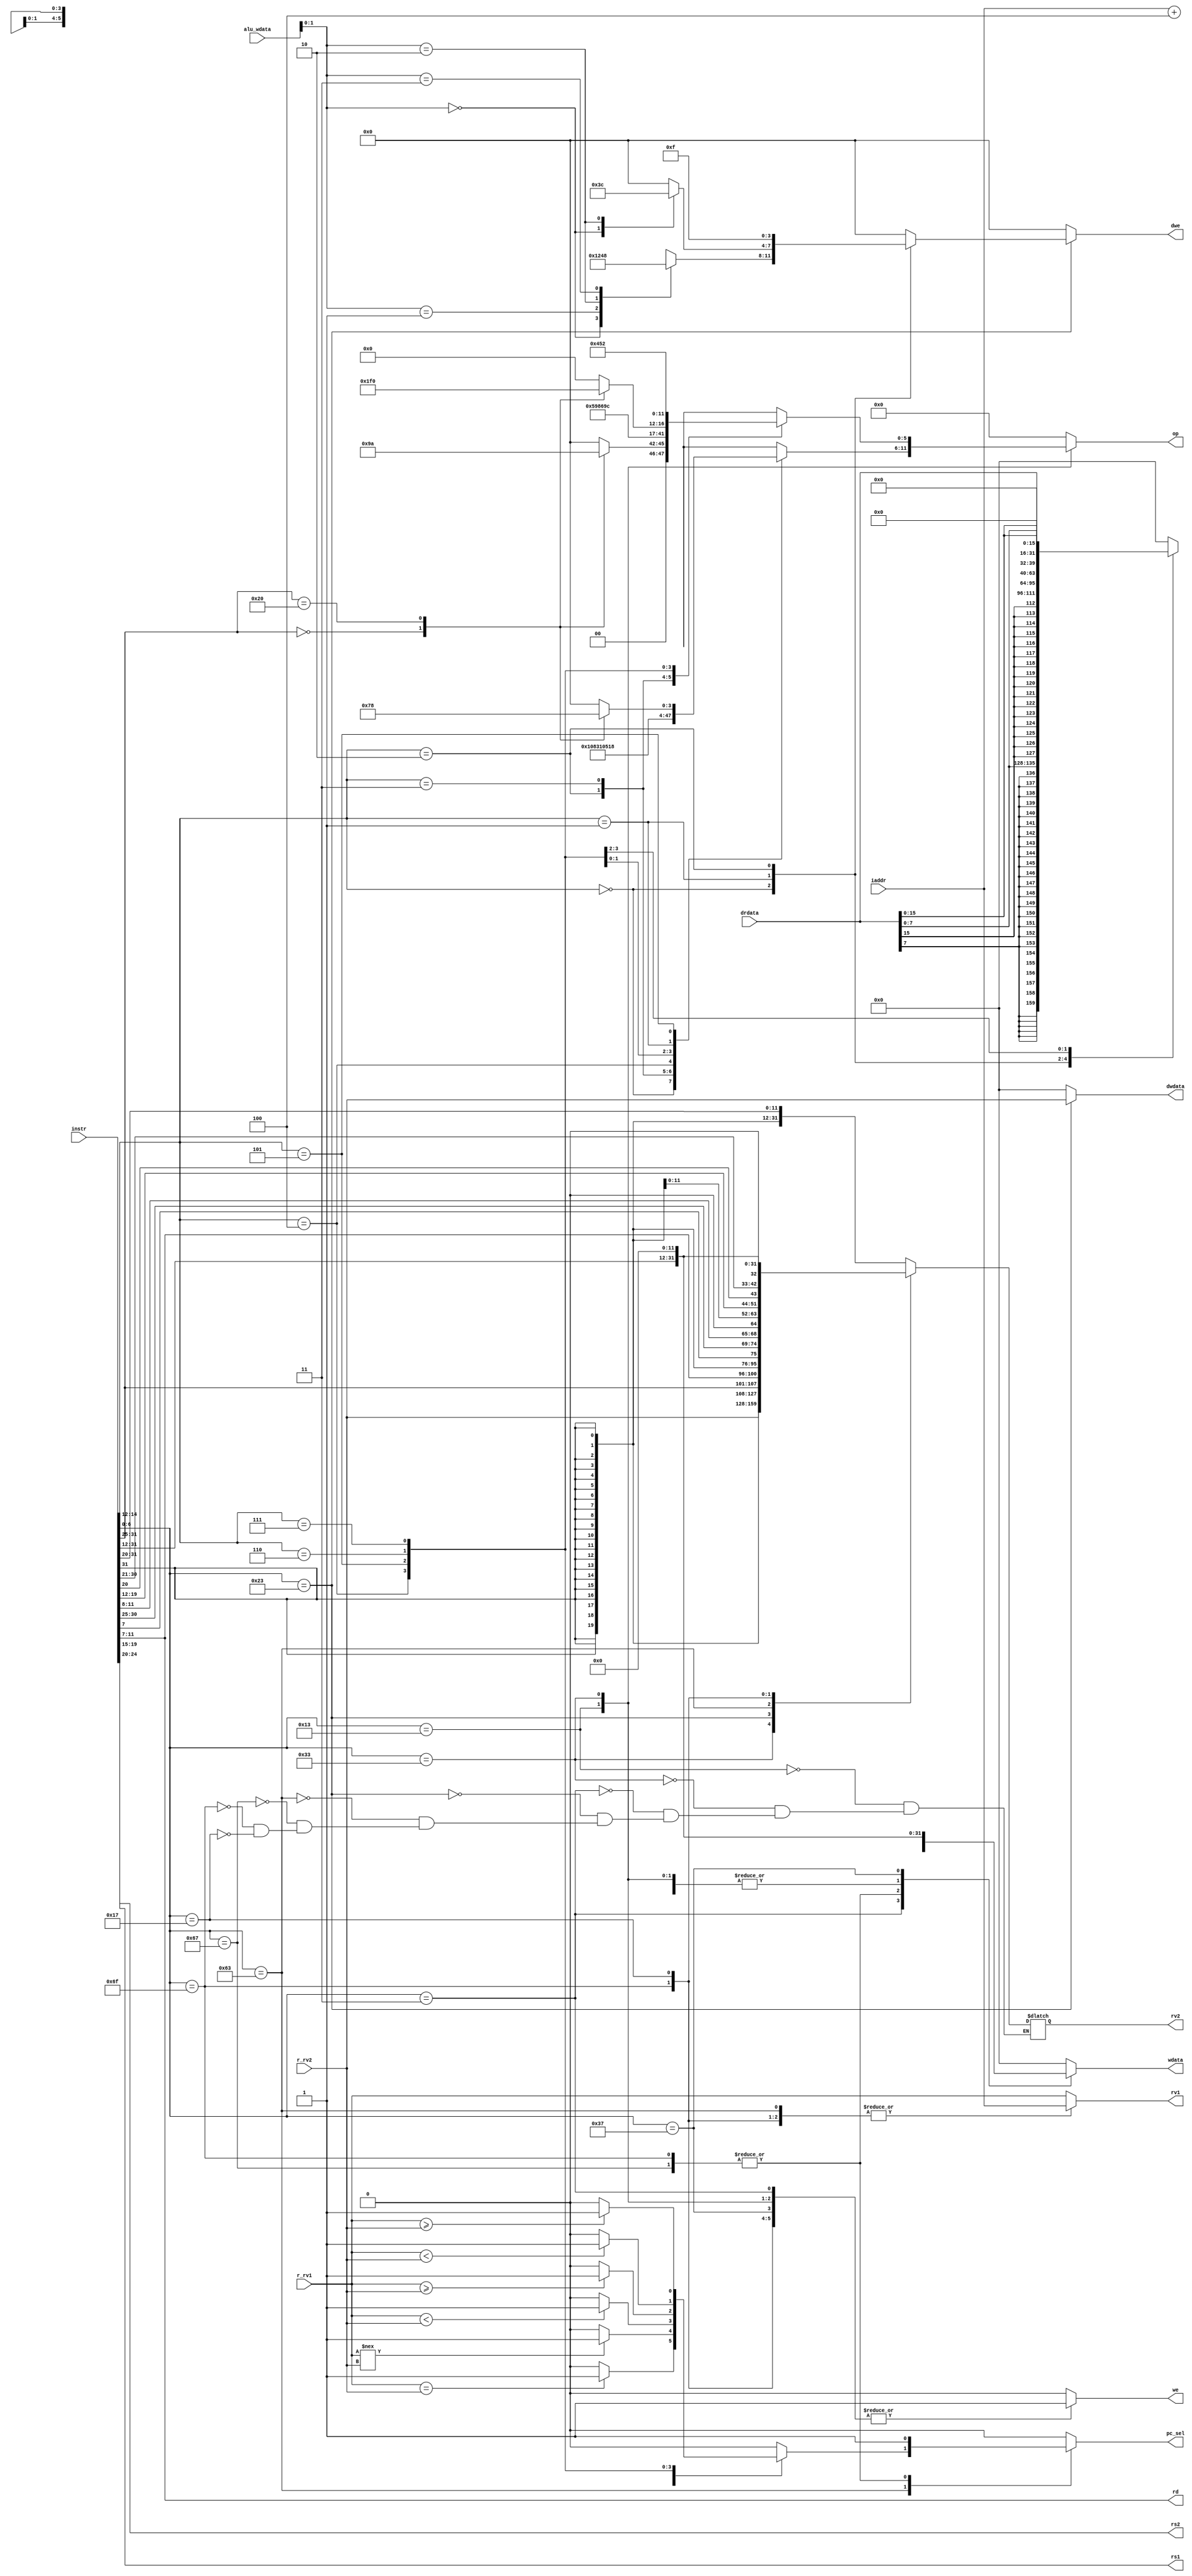
module dummydecoder(
    input [31:0] instr,           // Full 32-bit instruction
    input [31:0] iaddr,           // Program counter
    input [31:0] r_rv1,           // Value of First source register from RegFile
    input [31:0] r_rv2,           // Value of Second source register from RegFile
    input [31:0] drdata,          // Data from DMEM
    input [31:0] alu_wdata,       // Output value from ALU
    output [4:0] rs1,             // First source register address
    output [4:0] rs2,             // Second source register address
    output [4:0] rd,              // Destination register address
    output reg [5:0] op,          // Operation encoding [accords to alu32 module]
    output reg [31:0] rv1,        // First Operand value to ALU
    output reg [31:0] rv2,        // Second Operand value to ALU
    output reg we,                // Write Enable to RegFile
    output reg pc_sel,            // Program Counter Select [Selects b/w Branch(1) and +4(0)]
    output reg [3:0] dwe,         // DMEM write Enable
    output reg [31:0] dwdata,     // Data from register to be written to DMEM (Store)
    output reg [31:0] wdata       // Data to be written in RegFile
);

    assign rs2 = instr[24:20]; 
    assign rs1 = instr[19:15]; 
    assign rd = instr[11:7]; 
    always @(instr or r_rv1 or r_rv2 or drdata or alu_wdata or iaddr) begin
        
        pc_sel =  0;                 // Default Normal flow (+4)
        dwe = 4'b0000;               // Default DMEM Read mode
        dwdata = 0;                  // Default DMEM write data empty 
        we = 0;                      // Default RegFile Read mode
        wdata = 0;                   // Default RegFile write data empty
        rv1 = r_rv1;                 // Default First operand value = First source register value
        op = 6'b000000;              // Default operation ADD
        
        case(instr[6:0])
            //  Register-Immediate Instructions
            7'b0010011: begin    
                        rv2 = {{20{instr[31]}},instr[31:20]};   // Second operand value = Immediate (Sign-extended to 32-bits)
                        we = 1;                                 // RegFile Write enabled
                        wdata = alu_wdata;                      // RegFile Write data = Output from ALU
                        case(instr[14:12])
                            3'b000: op = 6'b000000;                       //ADDI
                            3'b010: op = 6'b000001;                       //SLTI
                            3'b011: op = 6'b000010;                       //SLTIU
                            3'b100: op = 6'b000011;                       //XORI
                            3'b110: op = 6'b000100;                       //ORI
                            3'b111: op = 6'b000101;                       //ANDI
                            3'b001: op = 6'b000110;                       //SLLI
                            3'b101: begin
                                    case(instr[31:25])
                                        7'b0000000: op = 6'b000111;       //SRLI
                                        7'b0100000: op = 6'b001000;       //SRAI
                                    endcase
                                    end
                        endcase
                        end
            
            // Register-Register Instructions
            7'b0110011: begin
                        rv2 = r_rv2;                            // Second operand value = Second source register value
                        we = 1;                                 // RegFile Write enabled
                        wdata = alu_wdata;                      // RegFile Write data = Output from ALU
                        case(instr[14:12])
                            3'b000: begin
                                    case(instr[31:25])
                                        7'b0000000: op = 6'b001001;       //ADD
                                        7'b0100000: op = 6'b001010;       //SUB
                                    endcase
                                    end
                            3'b001: op = 6'b001011;                       //SLL
                            3'b010: op = 6'b001100;                       //SLT
                            3'b011: op = 6'b001101;                       //SLTU
                            3'b100: op = 6'b001110;                       //XOR
                            3'b101: begin
                                    case(instr[31:25])
                                        7'b0000000: op = 6'b001111;       //SRL
                                        7'b0100000: op = 6'b010000;       //SRA
                                    endcase
                                    end
                            3'b110: op = 6'b010001;                       //OR
                            3'b111: op = 6'b010010;                       //AND
                        endcase
                        end
            
            // Load Instructions
            7'b0000011: begin
                        rv2 = {{20{instr[31]}},instr[31:20]};          // Second operand value = Immediate (Sign-extended to 32-bits)
                        we = 1;                                        // RegFile Write enabled
                        case(instr[14:12])
                            3'b000: wdata = {{24{drdata[7]}}, drdata[7:0]};              //LB
                            3'b001: wdata = {{16{drdata[15]}}, drdata[15:0]};            //LH
                            3'b010: wdata = drdata;                                      //LW
                            3'b100: wdata = {{24{1'b0}}, drdata[7:0]};                   //LBU
                            3'b101: wdata = {{16{1'b0}}, drdata[15:0]};                  //LHU
                        endcase
                        end
            
            // Store Instructions
            7'b0100011: begin
                        rv2 = {{20{instr[31]}},instr[31:25],instr[11:7]};  // Second operand value = Immediate (Sign-extended to 32-bits)
                        dwdata = r_rv2;                                    // DMEM write data = Second source register value
                        case(instr[14:12])
                            3'b000: begin                                                //SB
                                    case(alu_wdata[1:0])
                                        2'b00: dwe = 4'b0001;
                                        2'b01: dwe = 4'b0010;
                                        2'b10: dwe = 4'b0100;
                                        2'b11: dwe = 4'b1000;
                                    endcase
                                    end
                            3'b001: begin                                                //SH
                                    case(alu_wdata[1:0])
                                        2'b00: dwe = 4'b0011;
                                        2'b10: dwe = 4'b1100;
                                    endcase
                                    end
                            3'b010: dwe = 4'b1111;                                       //SW
                        endcase
                        end 
            
            // Conditional Branch Instructions
            7'b1100011: begin
                        rv1 = iaddr;                                      // First Operand value = Current Program counter value           
                        rv2 = {{20{instr[31]}},instr[31],instr[7],instr[30:25],instr[11:8],1'b0}; // Second operand = Immediate (32-bits)   
                        case(instr[14:12])
                            3'b000: begin                                                              //BEQ
                                    if(r_rv1 == r_rv2) begin              
                                        pc_sel = 1;                       // Branch enabled
                                    end else begin
                                        pc_sel = 0;                       // Normal flow
                                    end
                                    end
                                    
                            3'b001: begin                                                              // BNE
                                    if(r_rv1 !== r_rv2) begin
                                        pc_sel = 1;                      // Branch enabled
                                    end else begin
                                        pc_sel = 0;                      // Normal flow
                                    end
                                    end
                            3'b100: begin                                                              // BLT
                                if($signed(r_rv1) < $signed(r_rv2)) begin
                                        pc_sel = 1;                      // Branch enabled
                                    end else begin
                                        pc_sel = 0;                      // Normal flow
                                    end
                                    end
                            3'b101: begin                                                              // BGE
                                if($signed(r_rv1) >= $signed(r_rv2)) begin
                                        pc_sel = 1;                      // Branch enabled
                                    end else begin
                                        pc_sel = 0;                      // Normal flow
                                    end
                                    end
                            3'b110: begin                                                              // BLTU
                                    if(r_rv1 < r_rv2) begin
                                        pc_sel = 1;                      // Branch enabled
                                    end else begin
                                        pc_sel = 0;                      // Normal flow
                                    end
                                    end
                            3'b111: begin                                                              //BGEU
                                    if(r_rv1 >= r_rv2) begin
                                        pc_sel = 1;                      // Branch enabled
                                    end else begin
                                        pc_sel = 0;                      // Normal flow
                                    end
                                    end
                        endcase
                        end 
            
            // Unconditional Jump Instructions
                                                                                                      // JALR
            7'b1100111: begin         
                        rv2 = {{20{instr[31]}},instr[31:20]};      // Second operand value = Immediate (Sign-extended to 32-bits)
                        wdata = iaddr + 4;                         // Store Next instruction address in RegFile
                        we = 1;                                    // RegFile Write enabled
                        pc_sel = 1;                                // Branch enabled
                        end
                                                                                                      // JAL
            7'b1101111: begin          
                        rv1 = iaddr;                               // First operand value = Current Program counter value
                        rv2 = {{11{instr[31]}}, instr[31], instr[19:12], instr[20], instr[30:21],1'b0};// Second operand = Immediate(32-bit) 
                        we = 1;                                    // RegFile Write enabled
                        wdata = iaddr + 4;                         // RegFile Write data = Next Instruction address
                        pc_sel = 1;                                // Branch enabled
                        end   
            
            //  Register-Immediate Instructions used with Unconditional Jumps
                                                                                                     // AUIPC
            7'b0010111: begin          
                        rv1 = iaddr;                                // First operand value = Current Program counter value
                        rv2 = {instr[31:12], {12{1'b0}}}; ;         // Second operand value = Immediate (Sign-extended to 32-bits)
                        we = 1;                                     // RegFile Write enabled
                        wdata = alu_wdata;                          // RegFile Write data = Output from ALU
                        end 
                                                                                                     // LUI
            7'b0110111: begin         
                        we = 1;                                     // RegFile Write enabled
                        wdata = {instr[31:12], {12{1'b0}}};         // Second operand value = Immediate (Sign-extended to 32-bits)
                        end     
        endcase
        end

   
endmodule